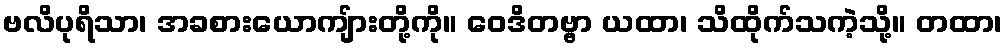
ဗလိပုရိသာ၊ အခစားယောကျ်ားတို့ကို။ ဝေဒိတဗ္ဗာ ယထာ၊ သိထိုက်သကဲ့သို့။ တထာ၊